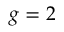
g = 2